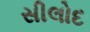
સીલોદ